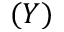
( Y )